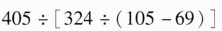
$$4 0 5 \div \left[ 3 2 4 \div ( 1 0 5 - 6 9 ) \right]$$